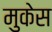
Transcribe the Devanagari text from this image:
मुकेस